Memorandum on the prevention of leprosy by segregation of the affected
Disease focus: Leprosy
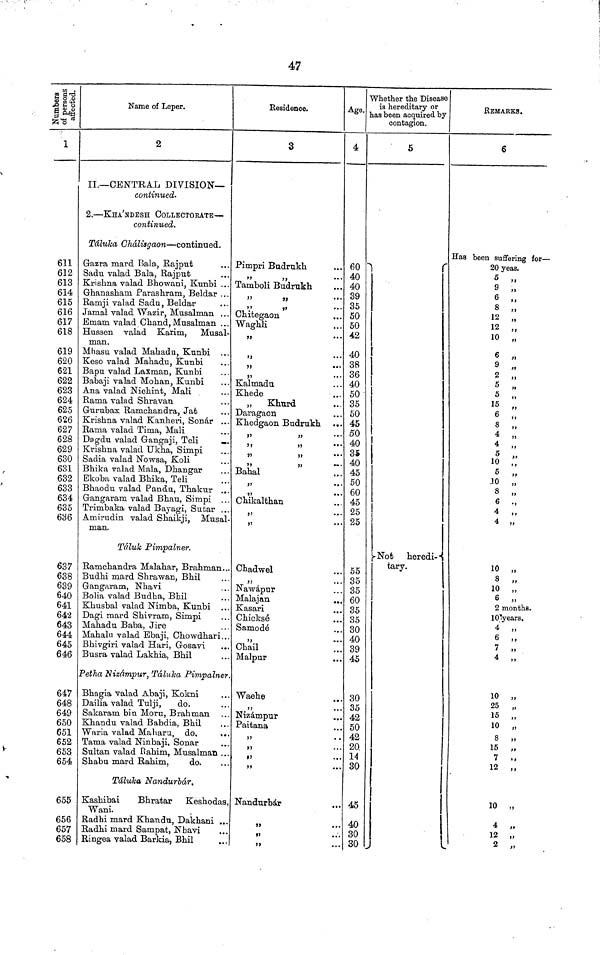
47
Number of
persons
affected.
1
611
612
613
614
615
616
617
618
619
620
621
622
623
624
625
626
627
628
629
630
631
632
633
634
635
636
637
638
639
640
641
642
643
644
645
646
647
648
649
650
651
652
653
654
655
656
657
658
Name of Leper.
2
II.— CENTRAL DIVISION—
continued.
2. — KHA'NDESH COLLECTORATE —
continued.
Táluka Chálisgaon — continued.
Gazra mard Bala, Rajput
Sadu valad Bala, Rajput
Krishna valad Bhowani, Kunbi ...
Ghanasham. Parashram, Beldar ...
Ramji valad Sadu, Beldar
Jamal valad Wazir, Musalman . . .
Emam valad Chand, Musalman ...
Hussen valad Karim,
Musal-
man.
Mhasu valad Mahadu, Kunbi ...
Keso valad Mahadu, Kunbi
Bapu valad Laxman, Kunbi
Babaji valad Mohan, Kunbi
Ana valad Nichint, Mali
Rama valad Shravan
Gurubax Ramchandra, Jat
Krishna valad Kanheri, Sonar ...
Rama valad Tima, Mali
Dagdu valad Gangaji, Teli
-.
Krishna valad Ukha, Simpi
Sadia valad Nowsa, Koli
Bhika valad Mala, Dhangar
Ekoba valad Bhika, Teli
Bhaodu valad Panda, Thakur ...
Gangaram valad Bhau, Simpi ..
Trimbaka valad Bayagi, Sutar ..
Amirudin valad Shaikji, Musal
man.
Taluk Pimpalner.
Ramchandra Malahar, Brahman..
Budhi mard Shrawan, Bhil
Gangaram, Nhavi
Bolia valad Budha, Bhil
Khusbal valad Nimba, Kunbi
Dagi mard Shivram, Simpi
Mahadu Baba, Jire
Mahalu valad Ebaji, Chowdhari..
Bhivgiri valad Hari, Gosavi
Busra valad Lakhia, Bhil
Petha Nizámpur, Táluka Pimpalner
Bhagia valad Abaji, Kokni
Dailia valad Tulji,
do.
Sakaram bin Moru, Brahman
Khandu valad Babdia, Bhil
Waria valad Maharu, do,
..
Tama valad Ninbaji, Sonar
Sultan valad Rahim, Musalman ..
Shabu mard Rahim,
do.
Táluka Nandurbár,
Kashibai
Bhratar Keshodas
Wani.
Radhi mard Khandu, Dakhani ..
Radhi mard Sampat, Nhavi
..
Ringea valad Barkia, Bhil
Residence.
3
Pimpri Budrukh
,,
,,
Tamboli Budrukh
,,
..
,,
..
...
Chitegaon
Waghli
,,
...
,,
...
,,
Kalmadu
Khede
„
Khurd
Daragaon
Khedgaon Budrukh
,,
,,
,,
,,
,,
,,
,,
Bahal
,,
Chikalthan
,,
,,
Chadwel
,,
. .
Nawápur
Malajan
..
Kasari
Chicksé
Samodé
,,
Chail
Malpur
Waehe
,,
Nizámpur
Paitana
,,
,,
,,
,,
Nandurbár
,,
. .
,,
.
,,
..
Age.
4
60
40
40
39
35
50
50
42
40
38
36
40
50
35
50
45
50
40
35
40
45
50
60
45
25
25
55
35
35
60
35
35
30
40
39
45
30
35
42
50
42
20.
14
30
45
40
30
30
Whether the Disease
is hereditary or
has been acquired by
contagion.
5
Not
heredi
tary.
REMARKS.
6
Has been suffering for —
20 yeas.
5 „
9 ,,
6 „
8 „
12 „
12 „
10 „
6 „
9 ,,
2 ,
5 ,
5 ,
15 ,
6 ,,
8
,
4 ,
4
5
10
5
JO
8
6
4
4 „
10 „
3 „
10 „
6 „
2 months.
10 years.
4 „
6 „
7 „
4 „
10 „
25 „
15 „
10 „
8 ,,
15 „
7 ,,
12 „
10 „
4 „
12 „
2 „